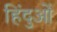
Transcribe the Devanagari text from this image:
हिंदुआें